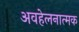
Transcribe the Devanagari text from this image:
अवहेलनात्मक